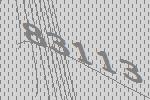
83113